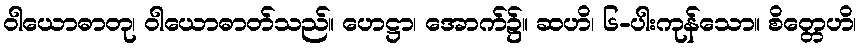
ဝါယောဓာတု၊ ဝါယောဓာတ်သည်။ ဟေဋ္ဌာ၊ အောက်၌။ ဆဟိ၊ ၆-ပါးကုန်သော။ စိတ္တေဟိ၊